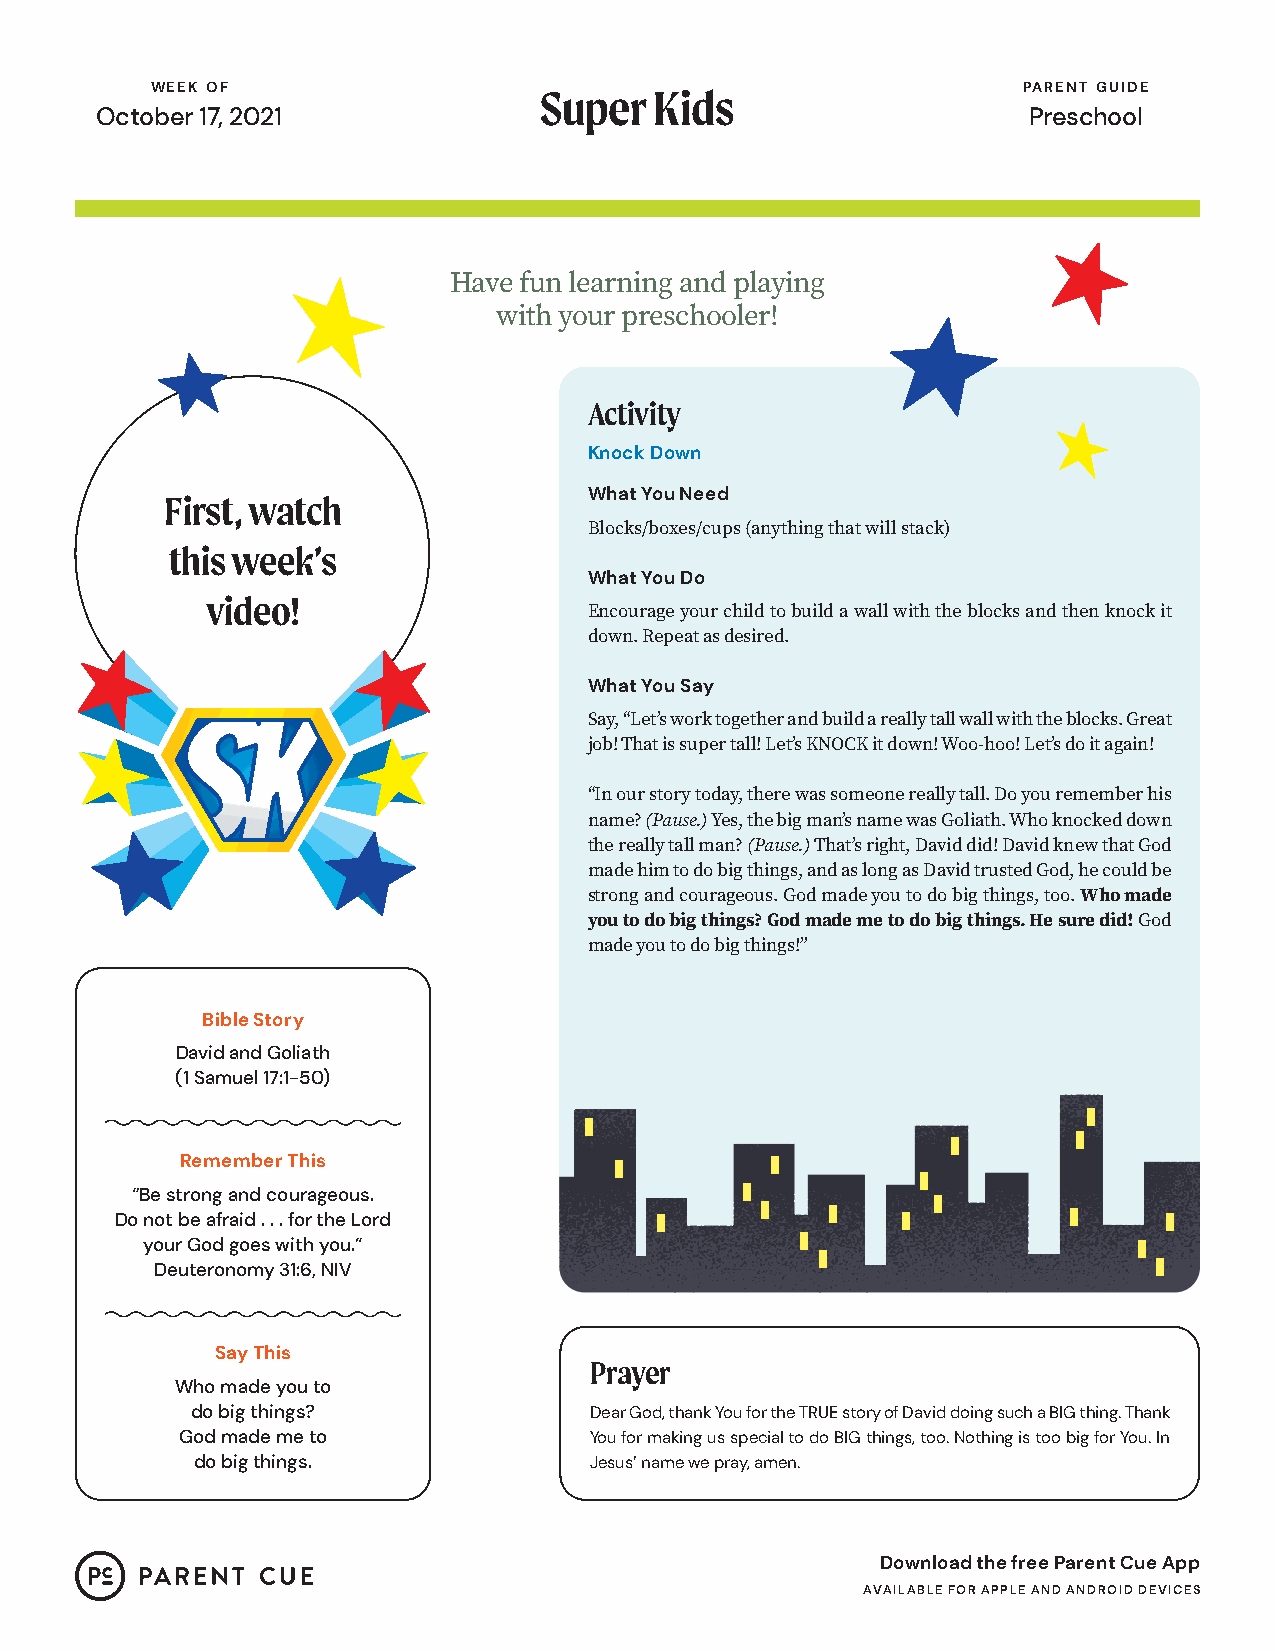
WEEK OF                   Super  Kids                     PARENT GUIDE
 October 17, 2021                                              Preschool
 Have fun learning and playing
 with your preschooler!
 Activity
 Knock Down
 First, watch                What You Need
 Blocks/boxes/cups (anything that will stack)
 this week’s
 What You Do
 video!
 Encourage your child to build a wall with the blocks and then knock it
 down. Repeat as desired.
 What You Say
 Say, “Let’s work together and build a really tall wall with the blocks. Great
 job! That is super tall! Let’s KNOCK it down! Woo-hoo! Let’s do it again!
 “In our story today, there was someone really tall. Do you remember his
 name? (Pause.) Yes, the big man’s name was Goliath. Who knocked down
 the really tall man? (Pause.) That’s right, David did! David knew that God
 made him to do big things, and as long as David trusted God, he could be
 strong and courageous. God made you to do big things, too. Who made
 you to do big things? God made me to do big things. He sure did! God
 made you to do big things!”
 Bible Story
 David and Goliath
 (1 Samuel 17:1-50)
 Remember This
 “Be strong and courageous.
 Do not be afraid . . . for the Lord
 your God goes with you.”
 Deuteronomy 31:6, NIV
 Say This
 Prayer
 Who made you to
 do big things?            Dear God, thank You for the TRUE story of David doing such a BIG thing. Thank
 God made me to             You for making us special to do BIG things, too. Nothing is too big for You. In
 do big things.            Jesus’ name we pray, amen.
 Download the free Parent Cue App
 AVAILABLE FOR APPLE AND ANDROID DEVICES